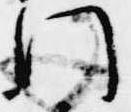
門